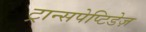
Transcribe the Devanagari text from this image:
ट्रान्सपेप्टिडेज़